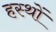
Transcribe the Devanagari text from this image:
हस्थों